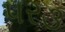
પર૩